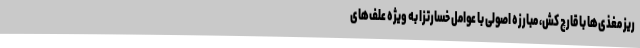
ریز مغذی‌ها با قارچ کش، مبارزه اصولی با عوامل خسارتزا به ویژه علف‌های